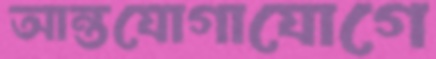
আন্তযোগাযোগে